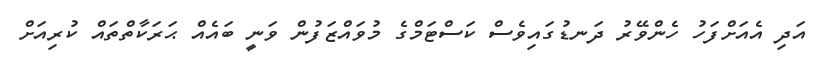
އަދި އެއަށްފަހު ހެންވޭރު ދަނޑުގައިވެސް ކަސްޓަމްގެ މުވައްޒަފުން ވަނީ ބައެއް ޙަރަކާތްތައް ކުރިއަށް